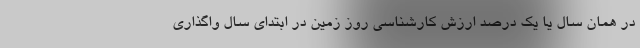
در همان سال یا یک درصد ارزش کارشناسی روز زمین در ابتدای سال واگذاری